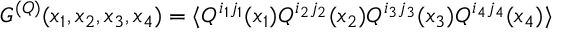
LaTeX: G ^ { ( { \cal Q } ) } ( x _ { 1 } , x _ { 2 } , x _ { 3 } , x _ { 4 } ) = \langle { \cal Q } ^ { i _ { 1 } j _ { 1 } } ( x _ { 1 } ) { \cal Q } ^ { i _ { 2 } j _ { 2 } } ( x _ { 2 } ) { \cal Q } ^ { i _ { 3 } j _ { 3 } } ( x _ { 3 } ) { \cal Q } ^ { i _ { 4 } j _ { 4 } } ( x _ { 4 } ) \rangle \;